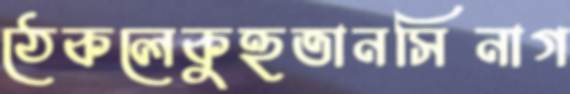
ঠেকলেকুহুতানসিনাগ